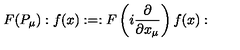
F ( P _ { \mu } ) : f ( x ) : = : F \left( i \frac { \partial } { \partial x _ { \mu } } \right) f ( x ) :